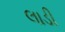
લાડી